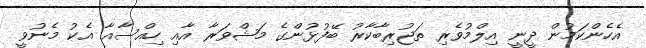
އެހެންކަމުން ދީނީ އިލްމުވެރި ތަޖުރިބާކާރު ބޭފުޅުންގެ މަޝްވަރާ އާއި ހިއްސާއާ އެކު މެނުވީ